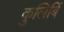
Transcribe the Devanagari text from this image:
कुलिबिं